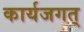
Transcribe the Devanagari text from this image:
कार्यजगत्